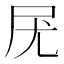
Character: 𡰽